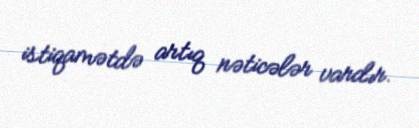
istiqamətdə artıq nəticələr vardır.